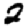
Digit: 2